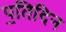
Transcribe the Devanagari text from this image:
प॒तिदिन